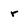
Character: r